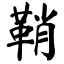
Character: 鞘